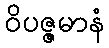
ဝိပဇ္ဇမာနံ